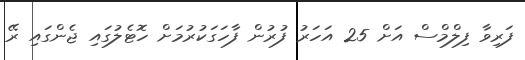
ފަރިވާ ފިލްމްސް އަށް 25 އަހަރު ފުރުން ފާހަގަކުރުމަށް ހޮޓެލުގައި ޖެންގައި ރޭ